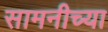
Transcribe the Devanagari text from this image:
सामनीच्या